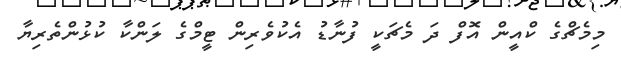
މިމެޗްގެ ކްއީން އޮފް ދަ މެޗަކީ ފުނާޑު އެކުވެރިން ޓީމްގެ ލަންކާ ކުޅުންތެރިޔާ